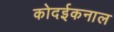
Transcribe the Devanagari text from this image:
कोदईकनाल